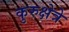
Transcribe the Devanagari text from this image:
कुरुक्षेत्रे